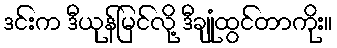
ဒင်းက ဒီယုန်မြင်လို့ ဒီချုံထွင်တာကိုး။